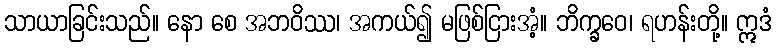
သာယာခြင်းသည်။ နော စေ အဘဝိဿ၊ အကယ်၍ မဖြစ်ငြားအံ့။ ဘိက္ခဝေ၊ ရဟန်းတို့။ ဣဒံ